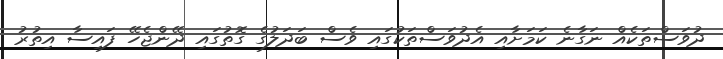
ދުވަސްތަކެއް ނަގާނެ ކަމަށާއި އެދުވަސްތަކުގައި ވެސް ބަދަލުގެ ގޮތުގައި ދޭންޖެހޭ ފައިސާ އިތުރު